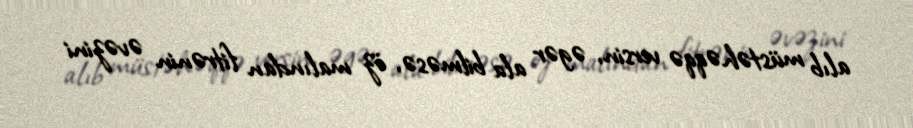
alıb müstəhəqqə versin, əgər ala bilməsə, öz malından fitrənin əvəzini